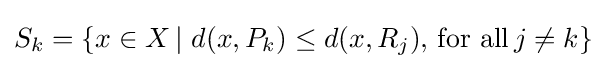
S_{k}=\{x\in X\,|\,\,d(x,P_{k})\leq d(x,R_{j}),\,{\text{for all}}\,j\neq k\}